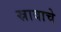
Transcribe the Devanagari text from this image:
स्रावाचे